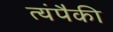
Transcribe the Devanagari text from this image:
त्यंपैकी